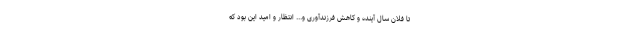
تا فلان سال آینده و کاهش فرزندآوری و... انتظار و امید این بود که